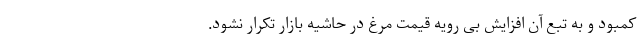
کمبود و به تبع آن افزایش بی رویه قیمت مرغ در حاشیه بازار تکرار نشود.